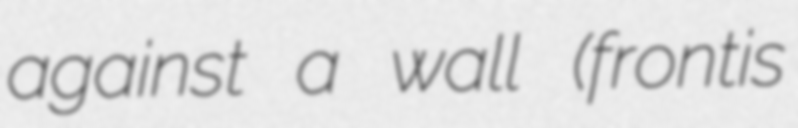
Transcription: against a wall (frontis